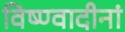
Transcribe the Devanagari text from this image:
विष्ण्वादीनां